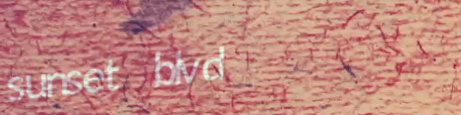
sunset blvd